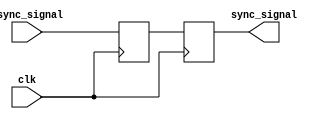
module two_ff_metastability_detector (
    input wire clk,                // Clock signal
    input wire async_signal,       // Asynchronous input signal
    output reg sync_signal         // Synchronized output signal
);

// Internal signals for the flip-flops
reg ff1_out;                    // Output of the first flip-flop

// First Flip-Flop (FF1)
always @(posedge clk) begin
    ff1_out <= async_signal;     // Capture async_signal on the rising edge of clk
end

// Second Flip-Flop (FF2)
always @(posedge clk) begin
    sync_signal <= ff1_out;       // Capture ff1_out on the rising edge of clk
end

endmodule